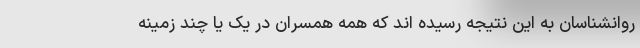
روانشناسان به این نتیجه رسیده اند که همه همسران در یک یا چند زمینه